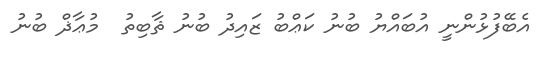
އެބޭފުޅުންނީ އުބައްޔު ބުނު ކަޢްބު ޒައިދު ބުނު ޘާބިތު  މުޢާޛް ބުނު